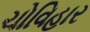
ચોવિહાર